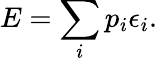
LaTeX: E=\sum_{i}{p_{i}\epsilon_{i}}.